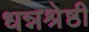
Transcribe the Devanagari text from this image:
धन्नश्रेष्ठी